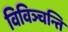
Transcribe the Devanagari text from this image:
विविञ्चन्ति